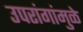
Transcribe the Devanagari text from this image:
उपरांगांमुळे